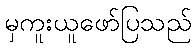
မှကူးယူဖော်ပြသည်